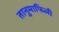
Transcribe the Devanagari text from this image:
तानुमाफिली